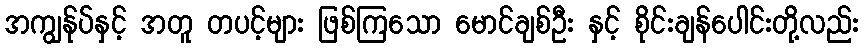
အကျွန်ုပ်နှင့် အတူ တပင့်များ ဖြစ်ကြသော မောင်ချစ်ဦး နှင့် စိုင်းချန်ပေါင်းတို့လည်း